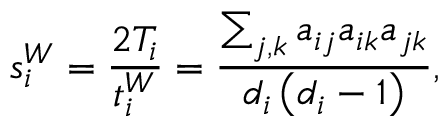
s _ { i } ^ { W } = \frac { 2 T _ { i } } { t _ { i } ^ { W } } = \frac { \sum _ { j , k } a _ { i j } a _ { i k } a _ { j k } } { d _ { i } \left( d _ { i } - 1 \right) } ,